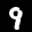
Label: 9